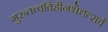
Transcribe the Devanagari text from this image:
गुरुतत्त्वविहीनश्चेत्तत्सर्वं